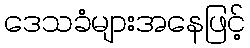
ဒေသခံများအနေဖြင့်